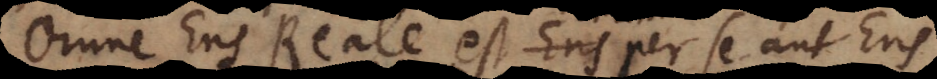
Omne Ens Reale est Ens per se aut Ens